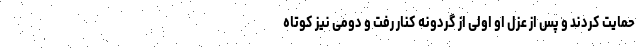
حمایت کردند و پس از عزل او اولی از گردونه کنار رفت و دومی نیز کوتاه